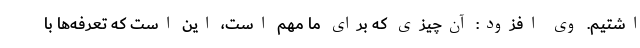
اشتیم. وی افزود: آن‌چیزی که برای ما مهم است، این است که تعرفه‌ها با